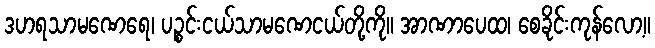
ဒဟရသာမဏေရေ၊ ပဉ္စင်းငယ်သာမဏေငယ်တို့ကို။ အာဏာပေထ၊ စေခိုင်းကုန်လော့။